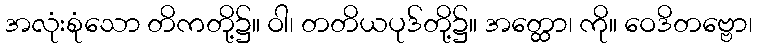
အလုံးစုံသော တိကတို့၌။ ဝါ၊ တတိယပုဒ်တို့၌။ အတ္ထော၊ ကို။ ဝေဒိတဗ္ဗော၊